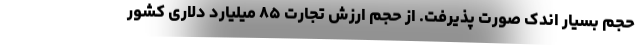
حجم بسیار اندک صورت پذیرفت. از حجم ارزش تجارت ۸۵ میلیارد دلاری کشور